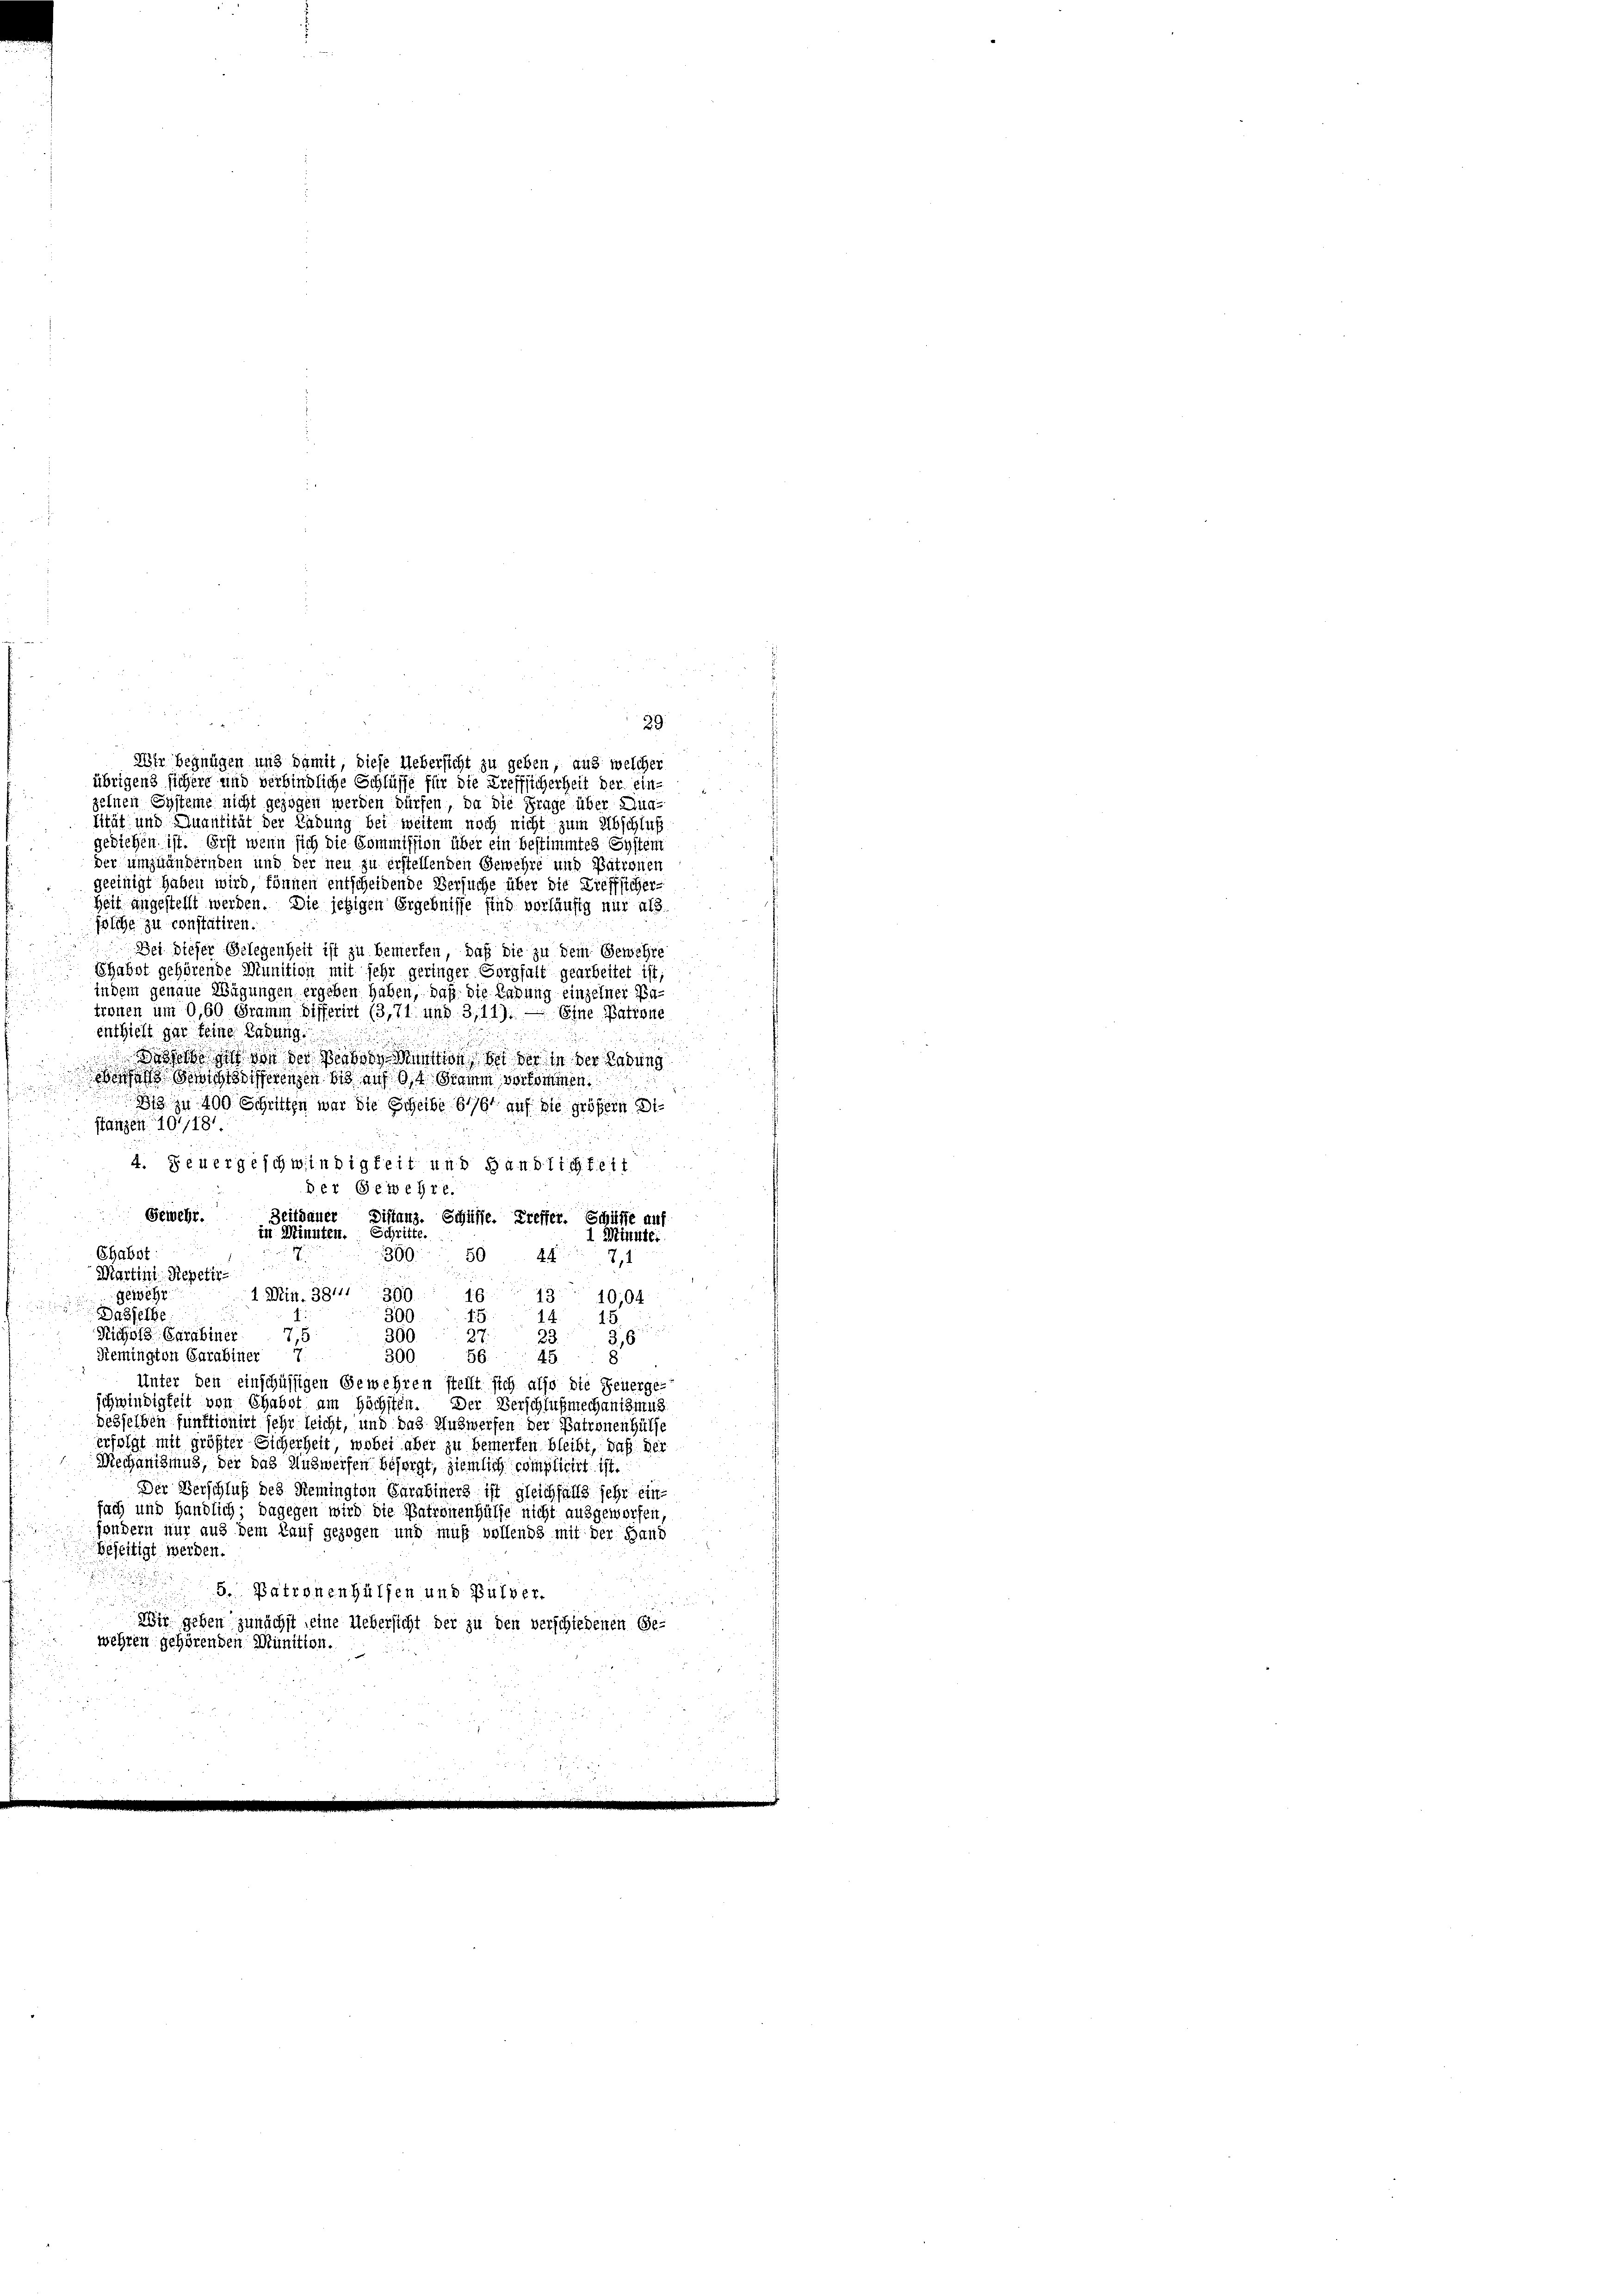
29.
zelnen Systeme nicht gezogen werden dürfen, da die Frage über Aug-
sität und Quantität der Labung bei weitem noch nicht zum Abschluß
gediehen ist. Erst wenn sich die Commission über ein bestimmtes System
der umzuändernden und der neu zu erstellenden Gewehre und Patronen
geeinigt haben wird, können entscheidende Versuche über die Trefflicher-
Zeit angestellt werden. Die jetzigen Ergebnisse sind vorläufig nur als
solche zu constatiren.
Bei dieser Gelegenheit ist zu bemerken, daß die zu Dein Gewehre
Shabot gehörende Munition mit sehr geringer Sorgfalt gearbeitet ist,
indem genaue Wägungen ergeben haben, daß die Labung einzelner Pa
tronen um 0,60 Gramm differirt (3,71 und 3,14).
Eine Patrone
enthielt gar keine Ladung.
rholte sich von der Weiben Sention bei der in der Labung
efan Gewichtsdifferenzen bis auf Ost Gramm vorkommen.
Bis zu 400 Schritten war die Scheibe 616 auf die größern Diflanzen 10/181.
.
4. Feuergeschwindigkeit und Handlichkeit
Der Gewehre.
Gewehr. Zeitdauer Distanz. Schüsse. Treffer. Schiffe auf
in Minuten. Schritte.
1 Minute.
Ehabst:
309. 504 f. 71
Martini, Repetir
1 Min. 381, 300
gewehr
1643 10104
Dasselbe
300
15.
14.
15
Richolz Carabiner 7,5
27.
33.
300
36
Remington Garabiner
300
56. 45
Unter den einschüssigen Gewehren stellt sich also die Feuerge-
schwindigkeit von Chabst am höchsten. Der Verschlußmechanismus
desselben funktionirt sehr leicht, und das Auswerfen der Patronen Hülfe
erfolgt mit größter Sicherheit, wobei aber zu bemerken bleibt, daß der
Mechanidinus, der das Auswerfen besorgt, ziemlich complicirt ist.
Der Verschluß des Remington Garabiners ist gleichfalls sehr ein-
fach und Händlich; dagegen wird die Patronenhülfe nicht ausgeworfen,
ondern nur aus dem Lauf gezogen und muß vollends mit der Hand
Beseitigt werden.

5. Patronenhülfen und Bülver.
Wir gehen zunächst seine Uebersicht der zu den verschiedenen Ge-
wehren gehörenden Munition.

Uhr begnügen und damit, diese Uebersicht zu geben, aus welcher
übrigens sichere und verbindliche Schlüsse für die Treffsicherheit der ein-